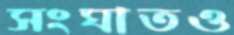
সংঘাতও